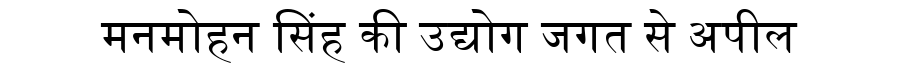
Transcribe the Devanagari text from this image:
मनमोहन सिंह की उद्योग जगत से अपील